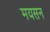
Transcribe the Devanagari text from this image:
मयसन